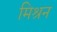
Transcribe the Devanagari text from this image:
मिश्रन